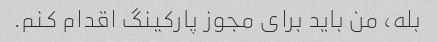
بله، من باید برای مجوز پارکینگ اقدام کنم.